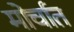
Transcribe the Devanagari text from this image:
मोर्चात